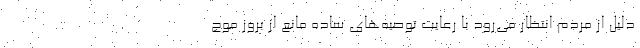
دلیل از مردم انتظار می‌رود با رعایت توصیه‌های ساده مانع از بروز موج